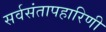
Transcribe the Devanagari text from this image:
सर्वसंतापहारिणी